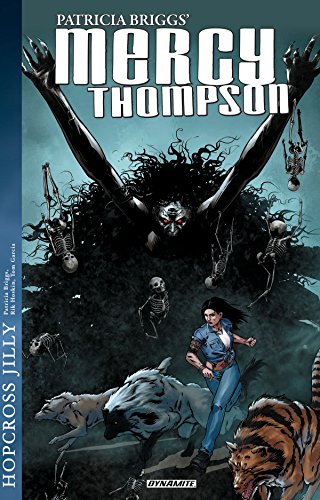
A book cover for Mercy Thompson: Hopcross Jilly (Mercy Thompson Novels); Patricia Briggs; Comics & Graphic Novels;